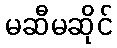
မဆီမဆိုင်